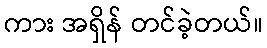
ကား အရှိန် တင်ခဲ့တယ်။